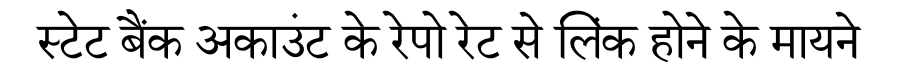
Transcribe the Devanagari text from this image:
स्टेट बैंक अकाउंट के रेपो रेट से लिंक होने के मायने